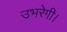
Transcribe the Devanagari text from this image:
उभरेगी।